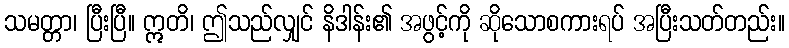
သမတ္တာ၊ ပြီးပြီ။ ဣတိ၊ ဤသည်လျှင် နိဒါန်း၏ အဖွင့်ကို ဆိုသောစကားရပ် အပြီးသတ်တည်း။